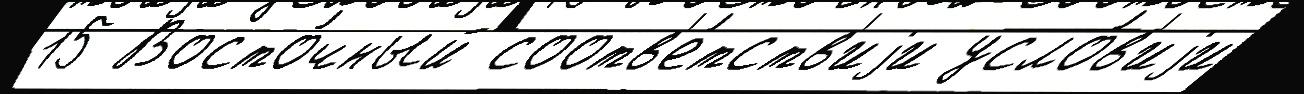
15 Восто́чный соотв'е́тств'иjи усло́в'иjи